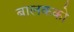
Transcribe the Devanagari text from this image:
बालकको